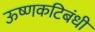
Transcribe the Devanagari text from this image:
ऊष्णकटिबंधी